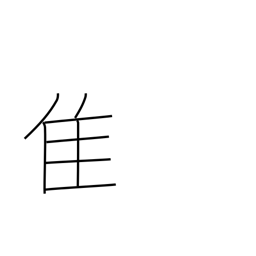
Meaning: old bird radical (no. 172)